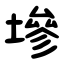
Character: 墋